Indian journal of veterinary science and animal husbandry - Volumes 22-23, 1952-1953
Year: 1952
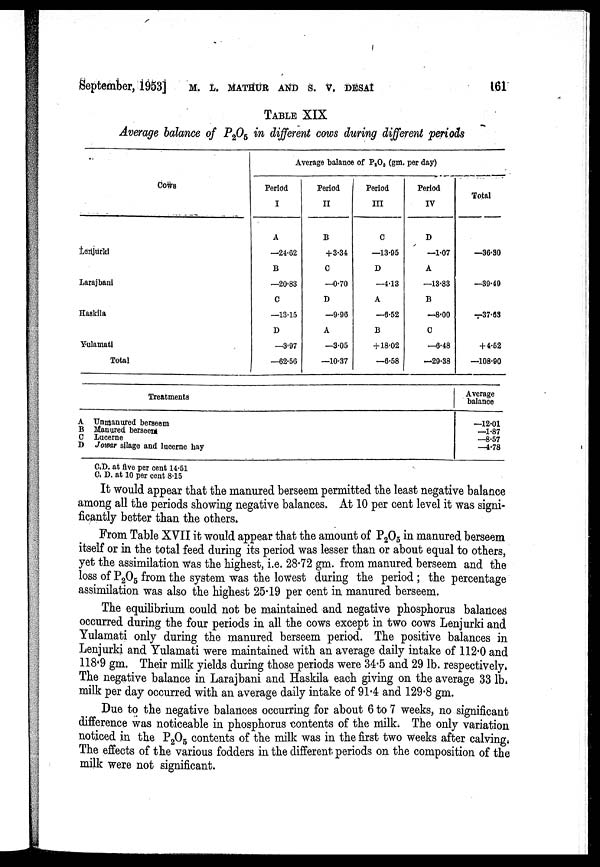
September, 1953] M. L. MATHUR AND S. V. DESAI 161
TABLE XIX
Average balance of P 2 O 5 in different cows during different periods
Cows
Lenjurki
Larajbani
Haskila
Yulamati
Total
Average balance of P 2 O 5 (gm. per day)
Period
I
A
—24.62
B
—20.83
C
—13.15
D
—3.97
—62.56
Period
II
B
+ 3.34
C
—0.70
D
—9.96
A
—3.05
—10.37
Period
III
C
—13.95
D
—4.13
A
—6.52
B
+ 18'02
—6.58
Period
IV
D
—1.07
A
—13.83
B
—8.00
C
—6.48
—29.38
Total
—36.30
—39.49
—37.63
+ 4.52
—108.90
Treatments
A Unmanured berseem
B Manured berseem
C Lucerne
D Jowar silage and lucerne hay
Average
balance
—12.01
—1.87
—8.57
—4.78
C.D. at five per cent 14.51
C.D. at 10 per cent 8.15
It would appear that the manured berseem permitted the least negative balance
among all the periods showing negative balances. At 10 per cent level it was signi-
ficantly better than the others.
From Table XVII it would appear that the amount of P 2 O 5 in manured berseem
itself or in the total feed during its period was lesser than or about equal to others,
yet the assimilation was the highest, i.e. 28.72 gm. from manured berseem and the
loss of P 2 O 5 from the system was the lowest during the period ; the percentage
assimilation was also the highest 25.19 per cent in manured berseem.
The equilibrium could not be maintained and negative phosphorus balances
occurred during the four periods in all the cows except in two cows Lenjurki and
Yulamati only during the manured berseem period. The positive balances in
Lenjurki and Yulamati were maintained with an average daily intake of 112.0 and
118.9 gm. Their milk yields during those periods were 34.5 and 29 lb. respectively.
The negative balance in Larajbani and Haskila each giving on the average 33 lb.
milk per day occurred with an average daily intake of 91.4 and 129.8 gm.
Due to the negative balances occurring for about 6 to 7 weeks, no significant
difference was noticeable in phosphorus contents of the milk. The only variation
noticed in the P 2 O 5 contents of the milk was in the first two weeks after calving.
The effects of the various fodders in the different periods on the composition of the
milk were not significant.